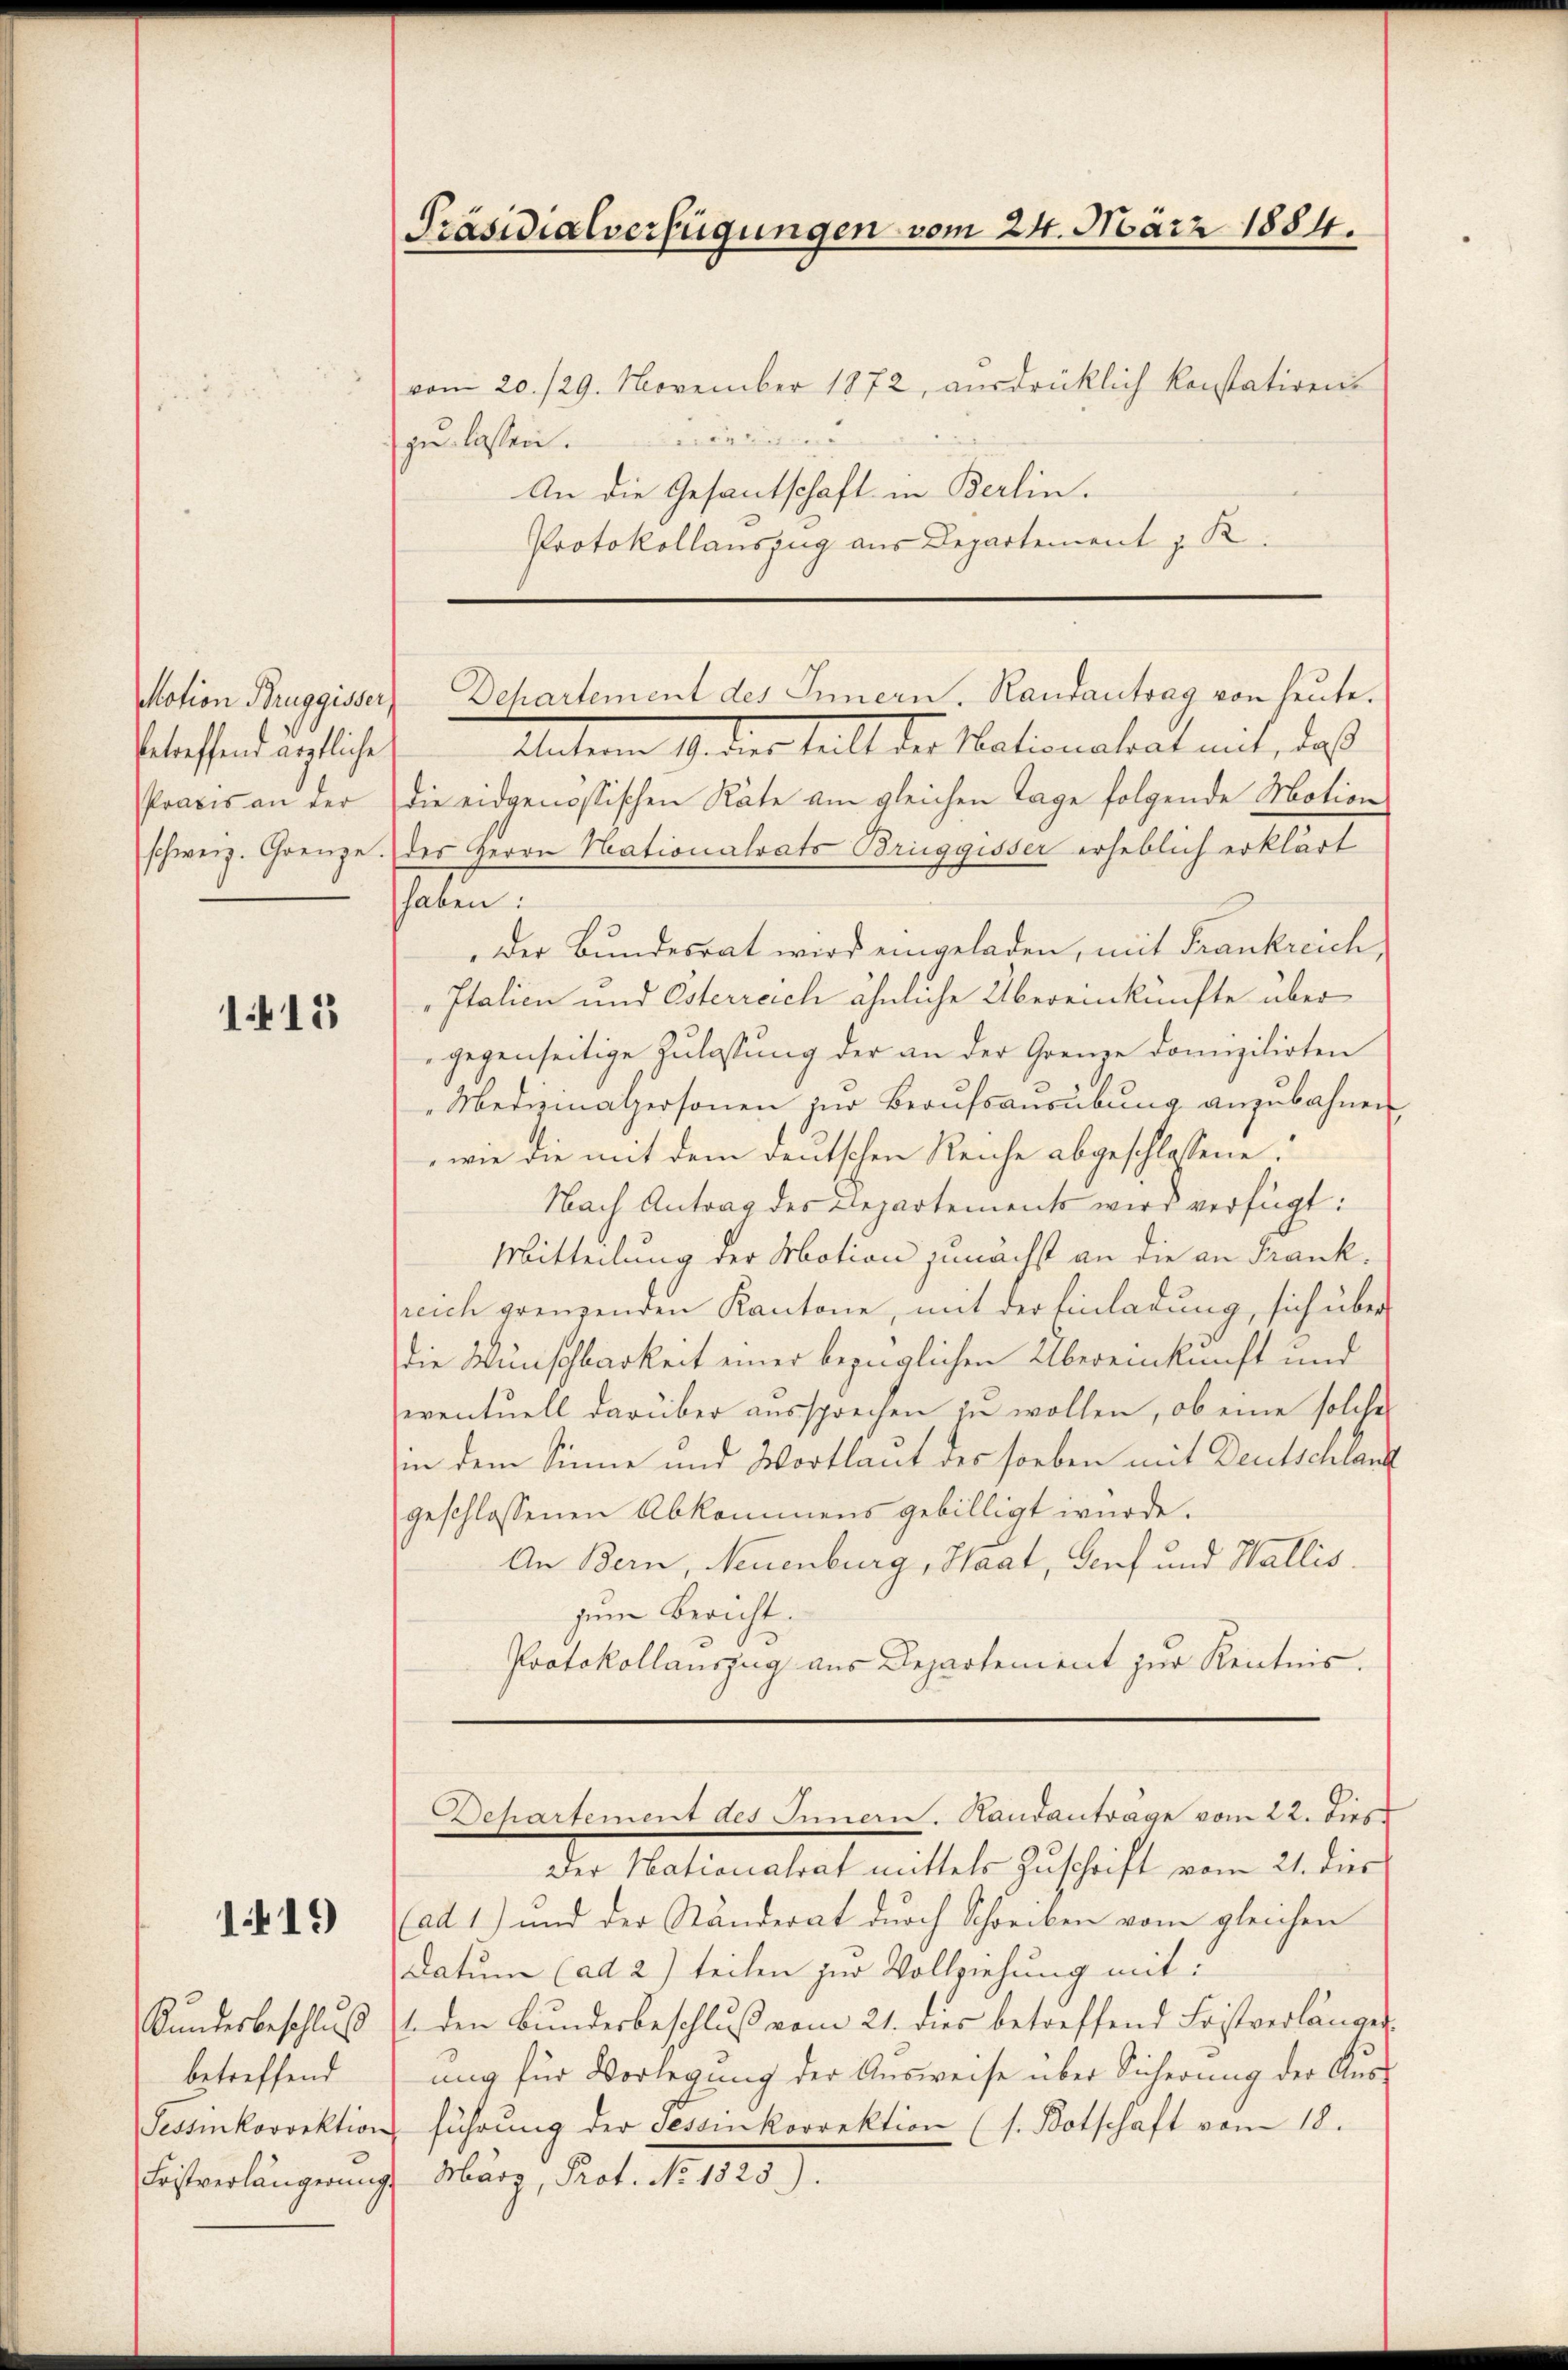
betreffend ärztliche

1415

1419

Kundesbeschluß
betreffend
Fristverlängerung

vom 20./29. November 1872, aŭsdrücklich konstatiren
gulassen.
An die Gesantschaft in Berlin.
Protokollauszug aus Departement z. K.

Präsidialverfügungen vom 24. März 1884.

Unterm 1. der teil der Nationalrat mit, daß
Praxis an der die eidgenössischen Räte am gleichen Tage folgende Motion
schweiz. Grenze. der Herrn Nationalrats Brieggisser erheblich erklärt
haben:
Der Bundesrat wird eingeladen, mit Frankreich,
Italien und Esterreich ähnliche Übereinkünfte über
gegenseitige Zulassung der an der Grenze domizilirten
Medizinalpersonen zur Beaufsausübung anzubahnen
wie die mit dem deutschen Reiche abgeschlossene
Nach Antrag des Departements wird verfügt:
Mitteilung der Motion zunächst an die an Frankreich grenzenden Kantone, mit der Einladung, sich über
die Wünschbarkeit einer bezüglichen Übereinkunft und
eventuell darüber aussprechen zu wollen, ob eine solche
in dem Sinne und Wortlaut des soeben mit Deutschlank
geschlossenen Abkommens gebilligt würde.
An Bern, Neuenburg, Haat, Genf und Wallis.
zum Bericht.
Protokollauszug aus Departement zur Kenntnis.

Der Nationalrat mittels Zuschrift vom 21. dies
(ad 1) und der Ständerat durch Schreiben vom gleichen
Datum (ad 2) teilen zur Vollziehung mit:
1. den Bundesbeschluß vom 21. dies betreffend Fristverlänger.
ung für Vorlegung der Ausweise über Sicherung der Aus¬
Sessinkorrektion führŭng der Tessinkorrektion (s. Botschaft vom 18.
1. März, Prot. I. 1825.

Motion Bruggisser, Dehartement des Innern. Randantrag von heute.

Departement des Innern. Handanträge vom 22. dies